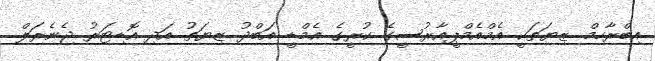
އިބްރާހިމް ޒިޔަތަކީ އެމްއެމްޕީއާރުސީގެ ކުރީގެ އެމްޑީ އަބްދު ޒިޔަތު އަދި އޮޑިޓަރު ޖެނެރަލް